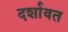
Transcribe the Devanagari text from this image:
दर्शावत